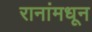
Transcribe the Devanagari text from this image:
रानांमधून